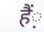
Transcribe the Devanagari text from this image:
हैं़